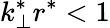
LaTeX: k_{\perp}^{*}r^{*}<1